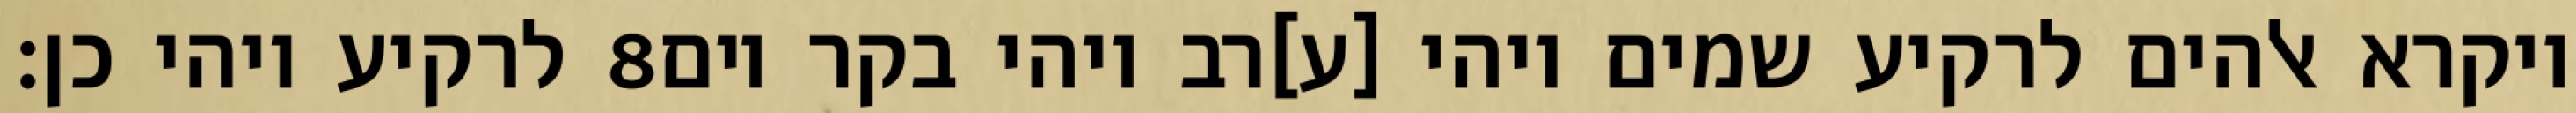
לרקיע ויהי כן׃ ‎8‏ ויקרא אלהים לרקיע שמים ויהי [ע]רב ויהי בקר יום